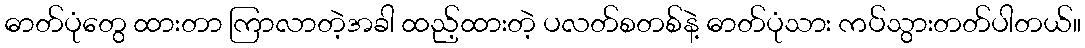
ဓာတ်ပုံတွေ ထားတာ ကြာလာတဲ့အခါ ထည့်ထားတဲ့ ပလတ်စတစ်နဲ့ ဓာတ်ပုံသား ကပ်သွားတတ်ပါတယ်။